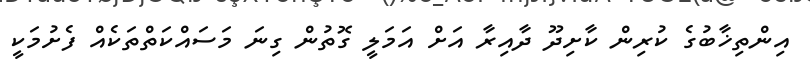
އިންތިޚާބުގެ ކުރިން ކާށިދޫ ދާއިރާ އަށް އަމަލީ ގޮތުން ގިނަ މަސައްކަތްތަކެއް ފެށުމަކީ